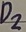
Text: D2